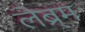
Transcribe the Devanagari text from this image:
लेब्र्म